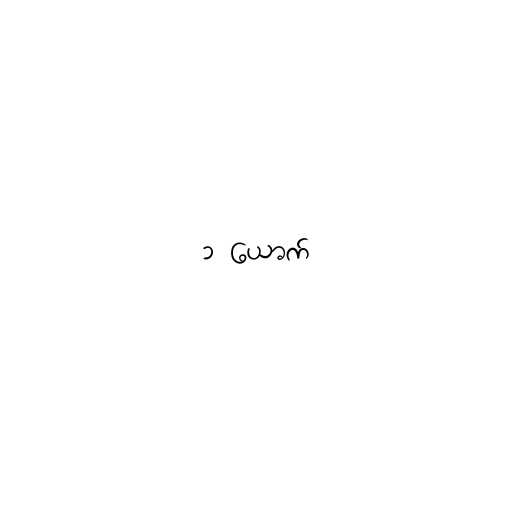
၁ ယောက်